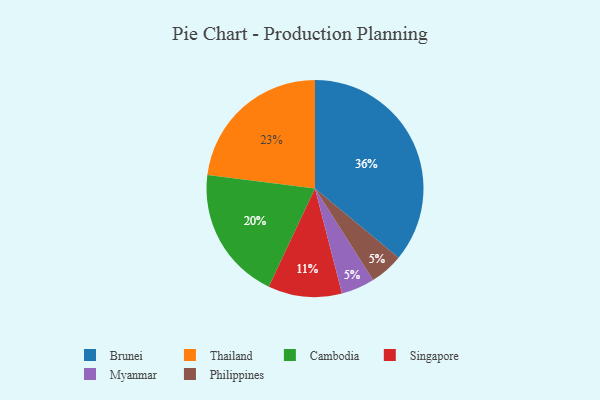
{"axis": {"x": "Category", "y": "Percentage"}, "legend": ["Brunei", "Cambodia", "Myanmar", "Philippines", "Singapore", "Thailand"], "data": [{"x": "Myanmar", "y": 5, "type": "Myanmar"}, {"x": "Philippines", "y": 5, "type": "Philippines"}, {"x": "Singapore", "y": 11, "type": "Singapore"}, {"x": "Cambodia", "y": 20, "type": "Cambodia"}, {"x": "Brunei", "y": 36, "type": "Brunei"}, {"x": "Thailand", "y": 23, "type": "Thailand"}]}